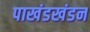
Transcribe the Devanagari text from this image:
पाखंडखंडन